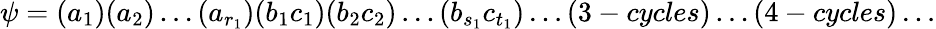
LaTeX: \psi=(a_{1})(a_{2})\dots(a_{r_{1}})(b_{1}c_{1})(b_{2}c_{2})\dots(b_{s_{1}}c_{t_{1}})\dots(3-cycles)\dots(4-cycles)\dots